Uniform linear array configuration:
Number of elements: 12
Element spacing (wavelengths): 0.25
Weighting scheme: cosine
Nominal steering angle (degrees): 30
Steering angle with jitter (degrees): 28.813
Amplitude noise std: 0.05
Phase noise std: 0.05

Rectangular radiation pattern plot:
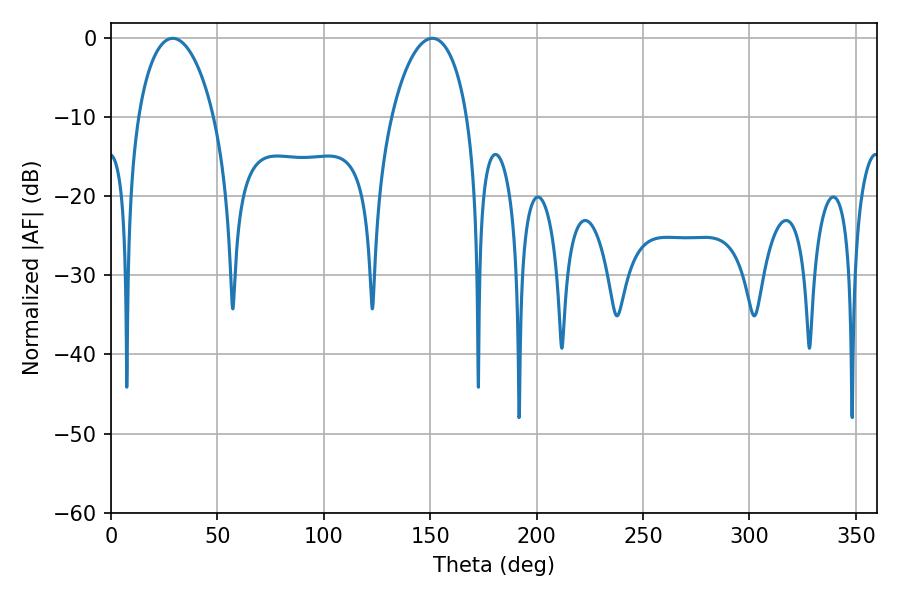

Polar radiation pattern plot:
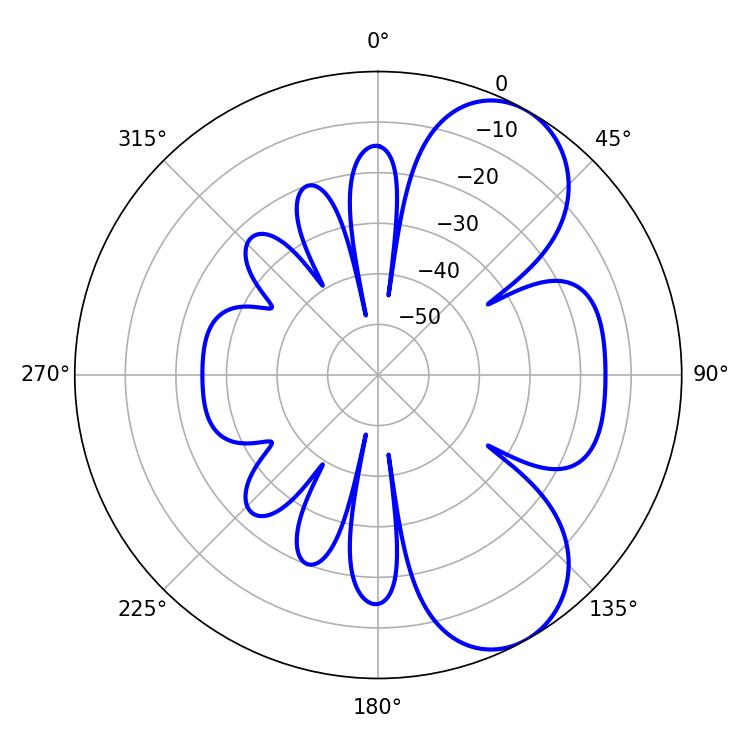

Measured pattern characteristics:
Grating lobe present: FALSE
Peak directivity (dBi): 7.137
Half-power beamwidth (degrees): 20.34
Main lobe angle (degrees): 28.98